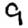
Digit: 9